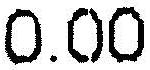
0.00